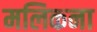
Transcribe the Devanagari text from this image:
मलिकना